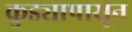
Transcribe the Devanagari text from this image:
कुड्यापासून